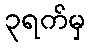
၃ရက်မှ